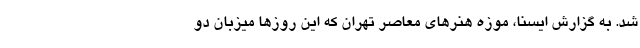
شد. به گزارش ایسنا، موزه هنرهای معاصر تهران که این روزها میزبان دو